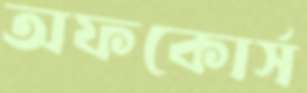
অফকোর্স